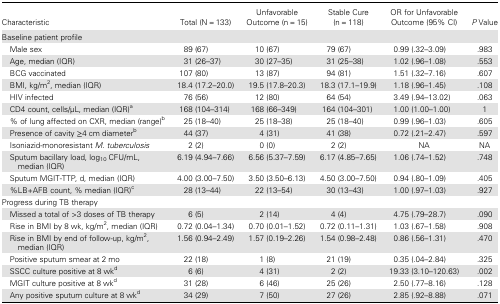
<table><thead><tr><td><b>Characteristic</b></td><td><b>Total (N = 133)</b></td><td><b>Unfavorable Outcome (n = 15)</b></td><td><b>Stable Cure (n = 118)</b></td><td><b>OR for Unfavorable Outcome (95% CI)</b></td><td><b><i>P</i> Value</b></td></tr></thead><tbody><tr><td colspan="6">Baseline patient profile</td></tr><tr><td> Male sex</td><td>89 (67)</td><td>10 (67)</td><td>79 (67)</td><td>0.99 (.32–3.09)</td><td>.983</td></tr><tr><td> Age, median (IQR)</td><td>31 (26–37)</td><td>30 (27–35)</td><td>31 (25–38)</td><td>1.02 (.96–1.08)</td><td>.553</td></tr><tr><td> BCG vaccinated</td><td>107 (80)</td><td>13 (87)</td><td>94 (81)</td><td>1.51 (.32–7.16)</td><td>.607</td></tr><tr><td> BMI, kg/m<sup>2</sup>, median (IQR)</td><td>18.4 (17.2–20.0)</td><td>19.5 (17.8–20.3)</td><td>18.3 (17.1–19.9)</td><td>1.18 (.96–1.45)</td><td>.108</td></tr><tr><td> HIV infected</td><td>76 (56)</td><td>12 (80)</td><td>64 (54)</td><td>3.49 (.94–13.02)</td><td>.063</td></tr><tr><td> CD4 count, cells/μL, median (IQR)<sup>a</sup></td><td>168 (104–314)</td><td>168 (66–349)</td><td>164 (104–301)</td><td>1.00 (1.00–1.00)</td><td>1</td></tr><tr><td> % of lung affected on CXR, median (range)<sup>b</sup></td><td>25 (18–40)</td><td>25 (18–38)</td><td>25 (18–40)</td><td>0.99 (.96–1.03)</td><td>.605</td></tr><tr><td> Presence of cavity ≥4 cm diameter<sup>b</sup></td><td>44 (37)</td><td>4 (31)</td><td>41 (38)</td><td>0.72 (.21–2.47)</td><td>.597</td></tr><tr><td> Isoniazid-monoresistant <i>M. tuberculosis</i></td><td>2 (2)</td><td>0 (0)</td><td>2 (2)</td><td>NA</td><td>NA</td></tr><tr><td> Sputum bacillary load, log<sub>10</sub> CFU/mL, median (IQR)</td><td>6.19 (4.94–7.66)</td><td>6.56 (5.37–7.59)</td><td>6.17 (4.85–7.65)</td><td>1.06 (.74–1.52)</td><td>.748</td></tr><tr><td> Sputum MGIT-TTP, d, median (IQR)</td><td>4.00 (3.00–7.50)</td><td>3.50 (3.50–6.13)</td><td>4.50 (3.00–7.50)</td><td>0.94 (.80–1.09)</td><td>.405</td></tr><tr><td> %LB+AFB count, % median (IQR)<sup>c</sup></td><td>28 (13–44)</td><td>22 (13–54)</td><td>30 (13–43)</td><td>1.00 (.97–1.03)</td><td>.927</td></tr><tr><td colspan="6">Progress during TB therapy</td></tr><tr><td> Missed a total of &gt;3 doses of TB therapy</td><td>6 (5)</td><td>2 (14)</td><td>4 (4)</td><td>4.75 (.79–28.7)</td><td>.090</td></tr><tr><td> Rise in BMI by 8 wk, kg/m<sup>2</sup>, median (IQR)</td><td>0.72 (0.04–1.34)</td><td>0.70 (0.01–1.52)</td><td>0.72 (0.11–1.31)</td><td>1.03 (.67–1.58)</td><td>.908</td></tr><tr><td> Rise in BMI by end of follow-up, kg/m<sup>2</sup>, median (IQR)</td><td>1.56 (0.94–2.49)</td><td>1.57 (0.19–2.26)</td><td>1.54 (0.98–2.48)</td><td>0.86 (.56–1.31)</td><td>.470</td></tr><tr><td> Positive sputum smear at 2 mo</td><td>22 (18)</td><td>1 (8)</td><td>21 (19)</td><td>0.35 (.04–2.84)</td><td>.325</td></tr><tr><td> SSCC culture positive at 8 wk<sup>d</sup></td><td>6 (6)</td><td>4 (31)</td><td>2 (2)</td><td>19.33 (3.10–120.63)</td><td>.002</td></tr><tr><td> MGIT culture positive at 8 wk<sup>d</sup></td><td>31 (28)</td><td>6 (46)</td><td>25 (26)</td><td>2.50 (.77–8.16)</td><td>.128</td></tr><tr><td> Any positive sputum culture at 8 wk<sup>d</sup></td><td>34 (29)</td><td>7 (50)</td><td>27 (26)</td><td>2.85 (.92–8.88)</td><td>.071</td></tr></tbody></table>